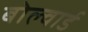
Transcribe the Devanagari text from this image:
बोल्वार्ड